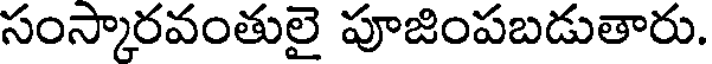
సంస్కారవంతులై పూజింపబడుతారు.